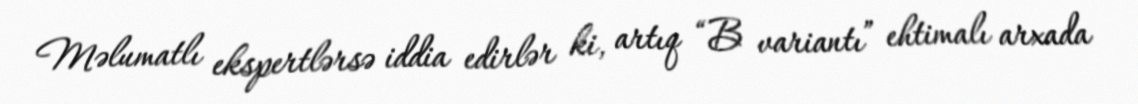
Məlumatlı ekspertlərsə iddia edirlər ki, artıq “B variantı” ehtimalı arxada